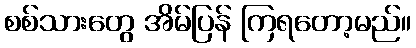
စစ်သားတွေ အိမ်ပြန် ကြရတော့မည်။